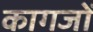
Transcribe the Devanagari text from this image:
कागजाें